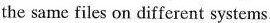
the same files on different systems.